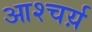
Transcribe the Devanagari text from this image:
आश्चर्य़